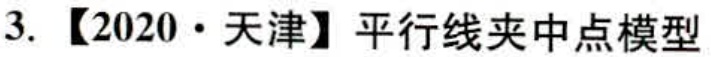
3. 【2020·天津】平行线夹中点模型